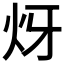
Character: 𤆹